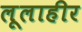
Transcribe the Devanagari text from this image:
लूलाहीर